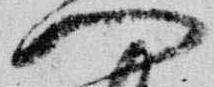
門